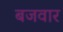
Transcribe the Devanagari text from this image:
बजवार